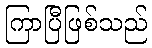
ကြာပြီဖြစ်သည်